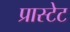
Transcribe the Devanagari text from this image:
प्रास्टेट